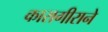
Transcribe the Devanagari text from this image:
कारागीराने